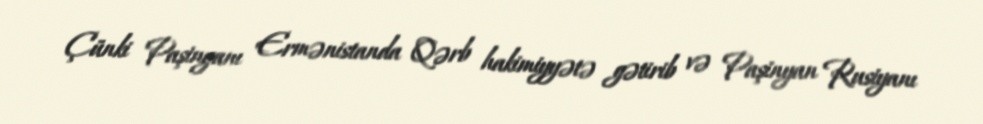
Çünki Paşinyanı Ermənistanda Qərb hakimiyyətə gətirib və Paşinyan Rusiyanı